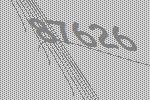
87626